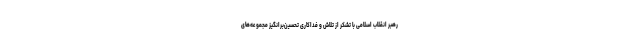
رهبر انقلاب اسلامی با تشکر از تلاش و فداکاری تحسین‌برانگیز مجموعه‌های